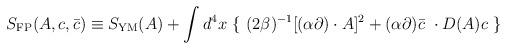
LaTeX: \begin{align*}S_{\rm FP}(A, c, \bar{c}) \equiv S_{\rm YM}(A) + \int d^4x \ \{ \ (2\beta)^{-1}[(\alpha \partial) \cdot A]^2 + (\alpha\partial) \bar{c} \ \cdot D(A) c \ \} \end{align*}